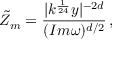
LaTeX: \tilde { Z } _ { m } = \frac { | k ^ { \frac { 1 } { 2 4 } } y | ^ { - 2 d } } { ( I m \omega ) ^ { d / 2 } } \, ,